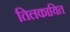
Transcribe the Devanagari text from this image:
तिलकायित